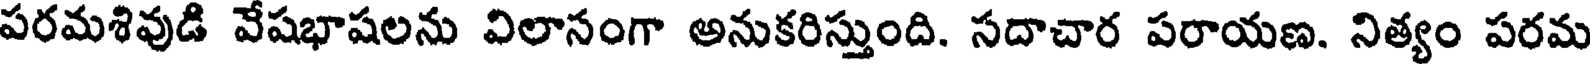
పరమశివుడి వేషభాషలను విలానంగా అనుకరిస్తుంది. సదాచార పరాయణ. నిత్యం పరమ